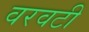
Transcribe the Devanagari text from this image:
वरवटी